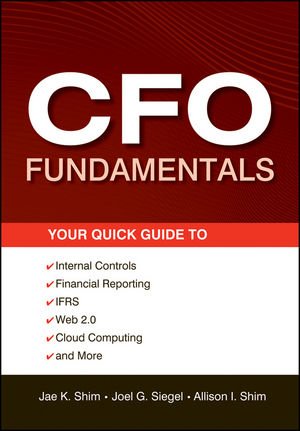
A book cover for CFO Fundamentals: Your Quick Guide to Internal Controls, Financial Reporting, IFRS, Web 2.0, Cloud Computing, and More; Jae K. Shim; Computers & Technology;